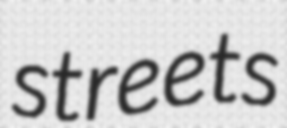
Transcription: streets